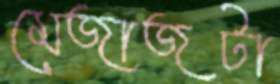
মেজাজটা